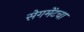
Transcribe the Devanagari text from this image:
सेगमेंटचा